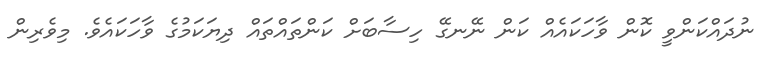
ނުދައްކަންވީ ކޮން ވާހަކައެއް ކަން ނޭނގޭ ހިސާބަށް ކަންތައްތައް ދިޔަކަމުގެ ވާހަކައެވެ. މިވެރިން